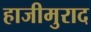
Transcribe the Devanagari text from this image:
हाजीमुराद